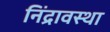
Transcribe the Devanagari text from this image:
निंद्रावस्था